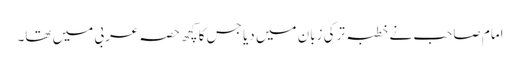
امام صاحب نے خطبہ ترکی زبان میں دیا جس کا کچھ حصہ عربی میں تھا۔